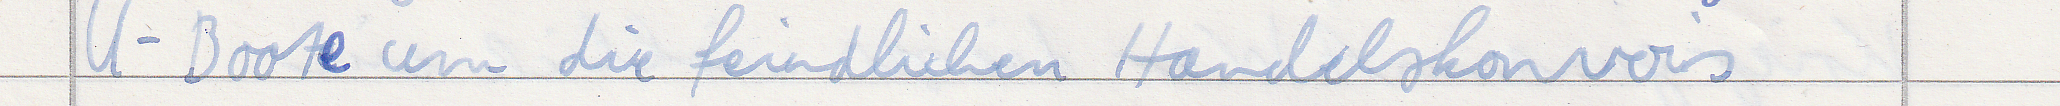
U-Boote um die feindlichen Handelskonvois